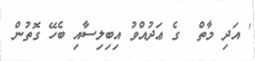
' އަދި މާތް  ގެ ޢަދުއްވު އިބިލިސާއި ބެހޭ ގޮތުން